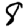
Digit: 8